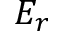
E _ { r }